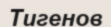
Тигенов